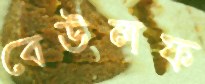
বেউলফ